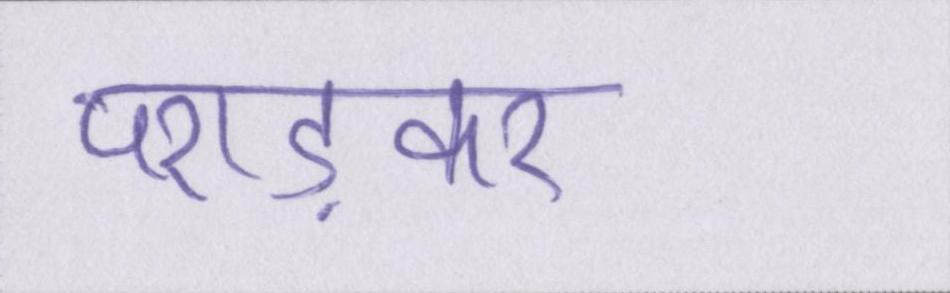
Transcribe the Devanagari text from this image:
पराड़कर